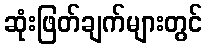
ဆုံးဖြတ်ချက်များတွင်